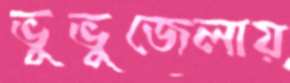
ভুভুজেলায়